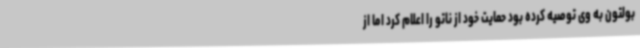
بولتون به وی توصیه کرده بود حمایت خود از ناتو را اعلام کرد اما از